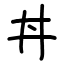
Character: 丼